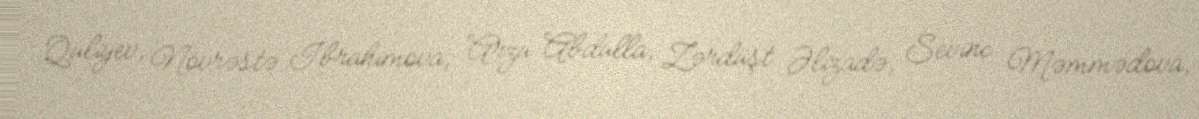
Quliyev, Növrəstə İbrahimova, Arzu Abdulla, Zərdüşt Əlizadə, Sevinc Məmmədova,